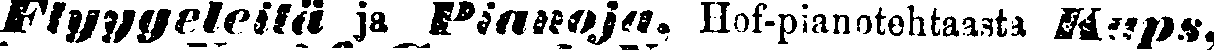
Flyygeleitä ja Pianoja, Hof-pianotehtaasta Kups,